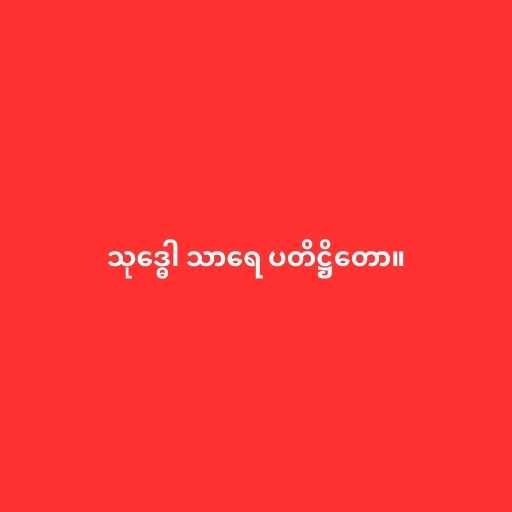
သုဒ္ဓေါ သာရေ ပတိဋ္ဌိတော။